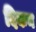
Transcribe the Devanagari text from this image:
दिकन